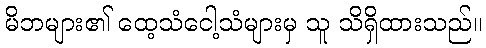
မိဘများ၏ ထေ့သံငေါ့သံများမှ သူ သိရှိထားသည်။